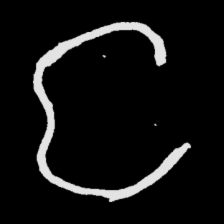
Pyu character \u2014 Myanmar letter: င (romanized: nga)